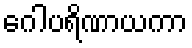
ဂေါပရိဏာယကာ